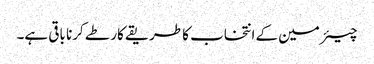
چیئرمین کے انتخاب کا طریقے کار طے کرنا باقی ہے۔